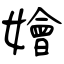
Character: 嬒